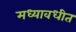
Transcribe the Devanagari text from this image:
मध्यावधीत